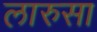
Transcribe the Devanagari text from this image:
लारुसा